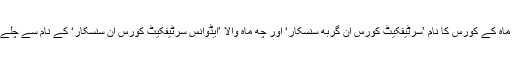
تین ماہ کے کورس کا نام ’سرٹیفکیٹ کورس ان گربھ سنسکار‘ اور چھ ماہ والا ’ایڈوانس سرٹیفکیٹ کورس ان سنسکار‘ کے نام سے چلے گا۔